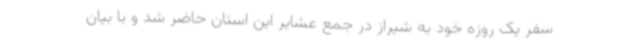
سفر یک روزه خود به شیراز در جمع عشایر این استان حاضر شد و با بیان